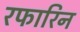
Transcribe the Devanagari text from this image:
रफारिन